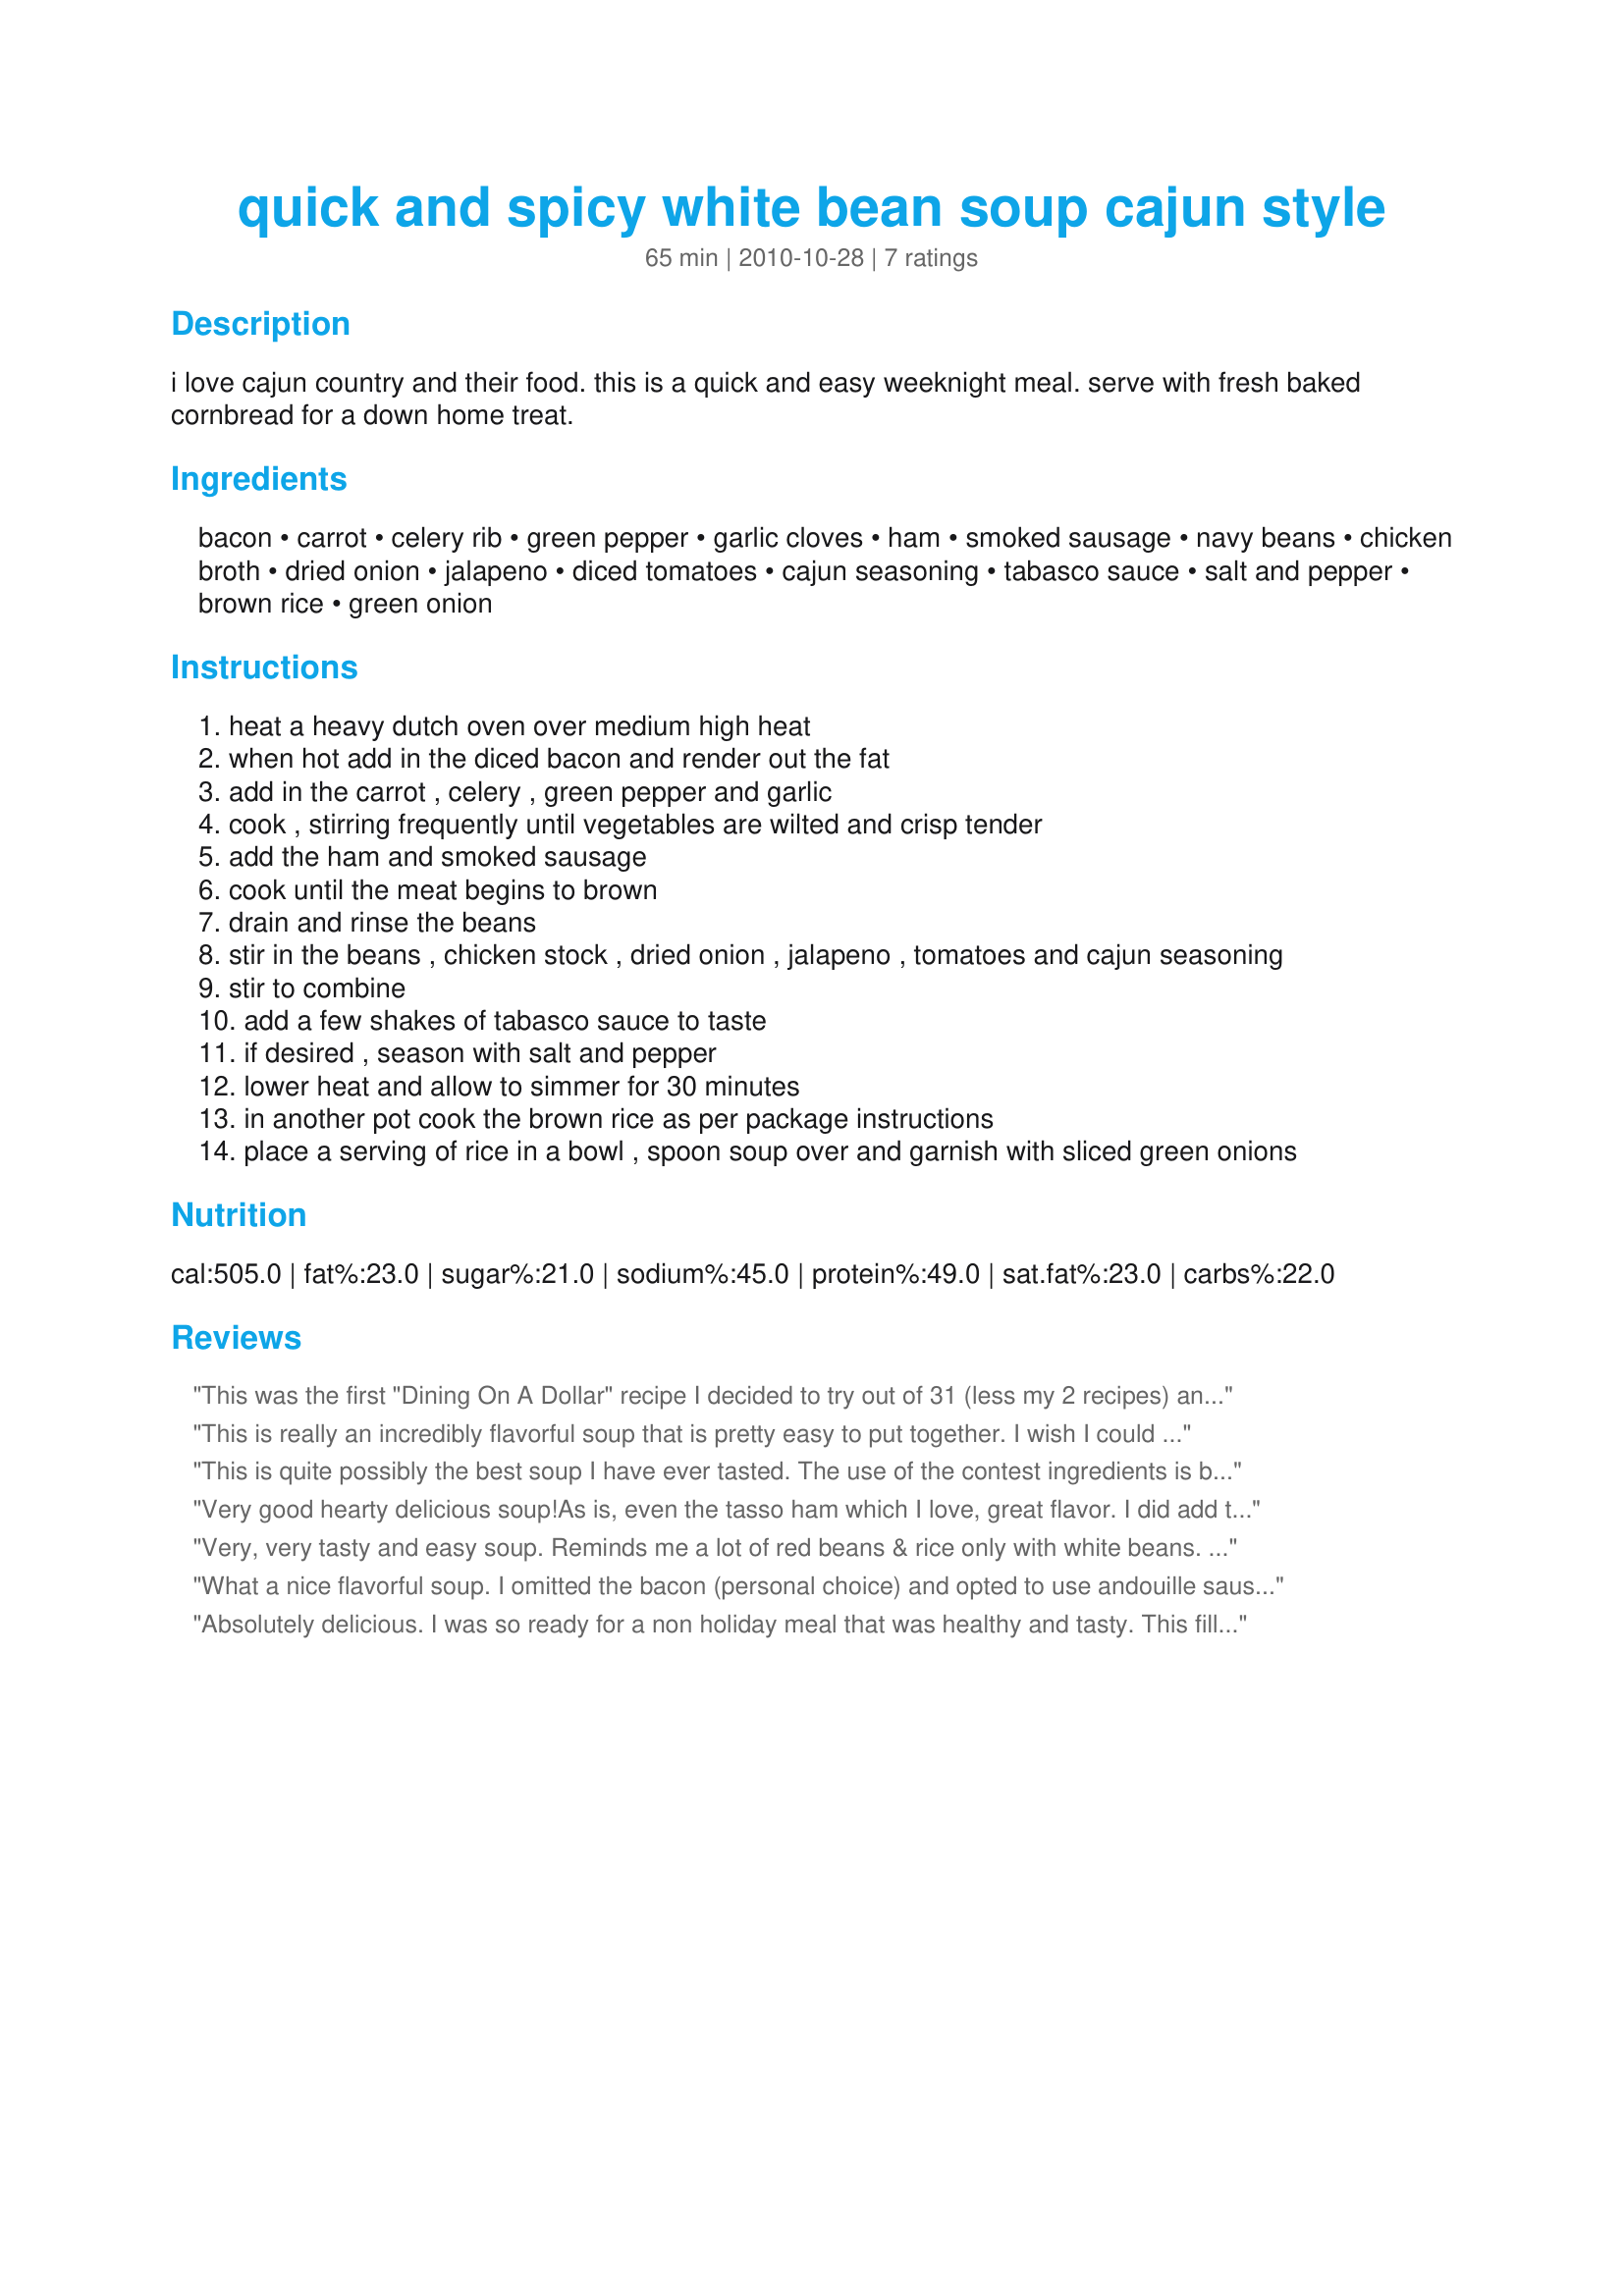
quick and spicy white bean soup cajun style
Preparation time: 65 minutes

i love cajun country and their food. this is a quick and easy weeknight meal. serve with fresh baked cornbread for a down home treat.

Ingredients:
bacon, carrot, celery rib, green pepper, garlic cloves, ham, smoked sausage, navy beans, chicken broth, dried onion, jalapeno, diced tomatoes, cajun seasoning, tabasco sauce, salt and pepper, brown rice, green onion

Steps:
heat a heavy dutch oven over medium high heat
when hot add in the diced bacon and render out the fat
add in the carrot , celery , green pepper and garlic
cook , stirring frequently until vegetables are wilted and crisp tender
add the ham and smoked sausage
cook until the meat begins to brown
drain and rinse the beans
stir in the beans , chicken stock , dried onion , jalapeno , tomatoes and cajun seasoning
stir to combine
add a few shakes of tabasco sauce to taste
if desired , season with salt and pepper
lower heat and allow to simmer for 30 minutes
in another pot cook the brown rice as per package instructions
place a serving of rice in a bowl , spoon soup over and garnish with sliced green onions

Reviews:
This was the first "Dining On A Dollar" recipe I decided to try out of 31 (less my 2 recipes) and I was not to sure if I would like this type of soup. However, it turned out to be simply great!!! It was tasty, filling and easy to make. It is a meal in itself and really good for cold winter days... try it, I highly recommend making this recipe.
This is really an incredibly flavorful soup that is pretty easy to put together. I wish I could find tasso ham, but had to use smoked ham instead. I followed the recipe precisely and was rewarded with such a delicious meal. If you like your soup a bit &quot;soupier&quot; you could add more broth, but this worked out fine for us. Made by a Tasty Tester for ZWT 9.
This is quite possibly the best soup I have ever tasted. The use of the contest ingredients is brilliant. I never knew dried onions could impart so much flavor as they do here. All the ingredients are in perfect proportion. And yes, it really is quick and easy. I love the way the rice is served gumbo-style instead of just being tossed in--and yes, the rice is a necessary part of the character of the dish. No matter what the contest outcome, this soup is a winner with me!
Very good hearty delicious soup!<br/>As is, even the tasso ham which I love, great flavor. I did add the ribs from the pepper because I love heat, Loved the brown rice, but I did have one change.<br/><br/>I added a bit more broth, It was still thick which I know it should be, but a bit more was all I needed. Didn't change the flavor at all. It was perfect.<br/>Add some bread and a small salad, and that is a perfect dinner. Making it again for sure.<br/>Kim
Very, very tasty and easy soup. Reminds me a lot of red beans & rice only with white beans. Loved the addition of carrots to the mix. I did find that I needed to use 2 cups of chicken broth instead of one as the mixture was a little dry. Also, I couldn't find tasso ham so I used regular ham which I think may have made a difference in the flavor. Next time, I'll use andouille sausage in place of the smoked sausage to make up for not having the tasso ham. Can't wait to taste the leftovers! Made and reviewed for Dining on a $ ~ Fall 2010.
What a nice flavorful soup. I omitted the bacon (personal choice) and opted to use andouille sausage for the added punch of flavor. I did not have dried onion in my spice cabinet, so I chopped fresh onion and added it at the beginning with the rest of the vegetables. The only other change I made was to add some left over rice from the fridge directly to the soup. This caused more of the liquid to be absorbed, so a bit more broth was needed. Three of us chose to top our soup with a couple dashes of pepper sauce for a bit more spice. I will definitely be making this soup again. Made and reviewed for the Best of 2010 Recipe Tag Game.
Absolutely delicious. I was so ready for a non holiday meal that was healthy and tasty. This filled my longing perfectly, it hearty and chock full of good for you things. It's an easy recipe that I had to use regular ham in. I have to say that the brown rice is really an integral part of the whole and I loved the chewy nutty flavor with the soup ingredients.
